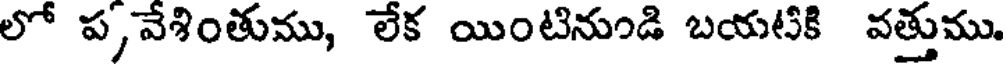
లో ప, వేశింతుము, లేక యింటినుండి బయటకి వత్తుము.